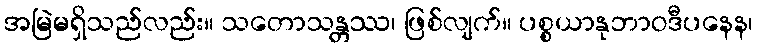
အမြဲမရှိသည်လည်း။ သတောသန္တဿ၊ ဖြစ်လျက်။ ပစ္စယာနုဘာဝဒီပနေန၊